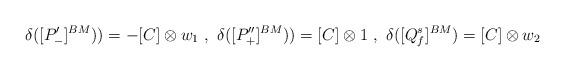
LaTeX: \begin{align*}\delta([P'_-]^{BM}))=-[C]\otimes w_1\ ,\ \delta([P''_+]^{BM}))=[C]\otimes 1\ ,\ \delta([Q^s_f]^{BM})=[C]\otimes w_2\end{align*}